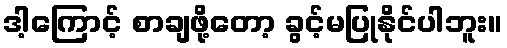
ဒါ့ကြောင့် စာချဖို့တော့ ခွင့်မပြုနိုင်ပါဘူး။